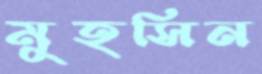
মুহসিন